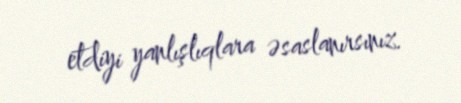
etdiyi yanlışlıqlara əsaslanırsınız.